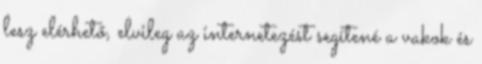
lesz elérhető, elvileg az internetezést segítené a vakok és